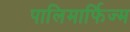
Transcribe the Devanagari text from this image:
पालिमार्फिज्म